Civil Veterinary Department Bengal reports 1933-51 - 1933-1951
Year: 1933
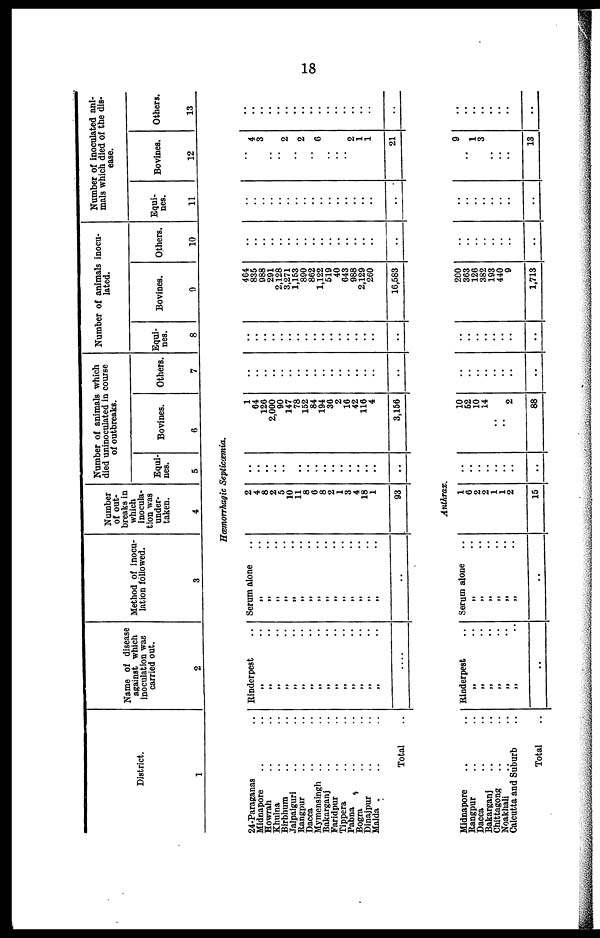
18
District.
1
Name of disease
against which
inoculation was
carried out.
2
Method of inocu-
lation followed.
3
Number
of out-
breaks in
which
inocula-
tion was
under-
taken.
4
Number of animals which
died uninoculated in course
of outbreaks.
Equi-
nes.
5
Bovines.
6
Others.
7
Number of animals inocu-
lated.
Equi-
nes.
8
Bovines.
9
Others.
10
Number of inoculated ani-
mals which died of the dis-
ease.
Equi-
nes.
11
Bovines.
12
Others.
13
Hæmorrhagic Septicæmia.
24-Paraganas ..
Midnapore .. ..
Howrah .. ..
Khulna .. ..
Birbhum .. ..
Jalpaiguri .. ..
Rangpur .. ..
Dacca
Mymensingh .. ..
Bakarganj .. ..
Faridpur .. ..
Tippera .. ..
Pabna .. ..
Bogra .. ..
Dinajpur .. ..
Malda .. ..
Total ..
Rinderpest ..
„ ..
„ ..
„ ..
„ .. „ ..
„ ..
„ .. „ ..
„ ..
„ ..
„ ..
„ ..
„ ..
„ .. „ ..
....
Serum alone ..
„ ..
„ ..
„ ..
„ ..
„ ..
„ ..
„ .. „ ..
„ ..
„ ..
„ ..
„ ..
„ .. „ ..
„ ..
..
2
4
8
2
5
10
11
8
6
8
2
1
3
4
18
1
93
..
..
..
..
..
..
..
..
..
.. ..
..
.. ..
..
..
1
64
126
2,000
90
147
78
152
84
194
36
2
16
42
116
4
3,156
..
..
..
..
..
..
..
..
..
..
..
..
..
..
..
..
..
..
.. ..
..
..
..
..
.. ..
..
..
..
.. ..
..
..
..
464
835
988
291
2,128
3,271
1,153
890
862
1,122
519
40
643
988
2,129
260
16,583
..
..
..
..
..
..
..
..
..
..
..
..
..
..
..
..
..
..
..
..
..
..
..
..
..
..
..
..
..
..
..
..
..
..
..
4
3
..
..
2
..
2
..
6
..
..
..
2
1
1
21
..
..
..
.. ..
..
..
..
..
..
..
..
..
..
..
..
..
Anthrax
Midnapore .. ..
Rangpur .. ..
Dacca
Bakarganj .. ..
Chittagong .. ..
Noakhali .. ..
Calcutta and Suburb ..
Total ..
Rinderpest ..
„ ..
„ .. „ ..
„ ..
„ .. „ ..
„ ..
Serum alone ..
„ ..
„ ..
„ ..
„ ..
„ .. „ ..
..
1
6
2
2
1
1
2
15
..
..
..
..
..
..
..
..
10
52
10
14
..
..
2
88
..
..
..
..
..
..
..
..
..
.. ..
..
..
..
..
..
200
363
126
382
193
440
9
1,713
..
..
..
..
..
..
..
..
..
..
..
..
..
..
..
..
9
.. 1
3
....
..
..
13
..
.. ..
..
..
..
..
..